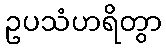
ဥပသံဟရိတွာ